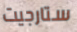
ستارجيت